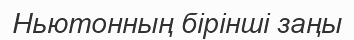
Ньютонның бірінші заңы